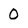
Character: 0